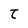
Character: t